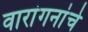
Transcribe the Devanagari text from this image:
वारांगनांचे